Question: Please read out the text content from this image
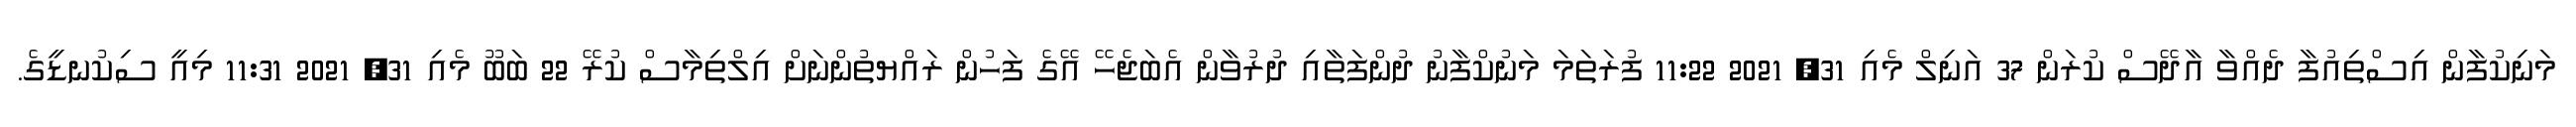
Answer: މަނިކުފާން އިސްތިއުފާ ދެއްވާ އާދޭސް ކުރަން 37 އަނިލް މެއި 31, 2021 11:22 ފުރަތަމަ މަނުކްފާނު ދުންފަތާއި ދުރުވާން އެބަޖެހޭ އޭގެ ފަހުން ރައްޔތުންނަށް އިލްތިމާސް ކުރޭ 22 ބަބޫ މެއި 31, 2021 11:31 މިއީ ސިކުނޑީގެ.